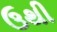
ઉથી